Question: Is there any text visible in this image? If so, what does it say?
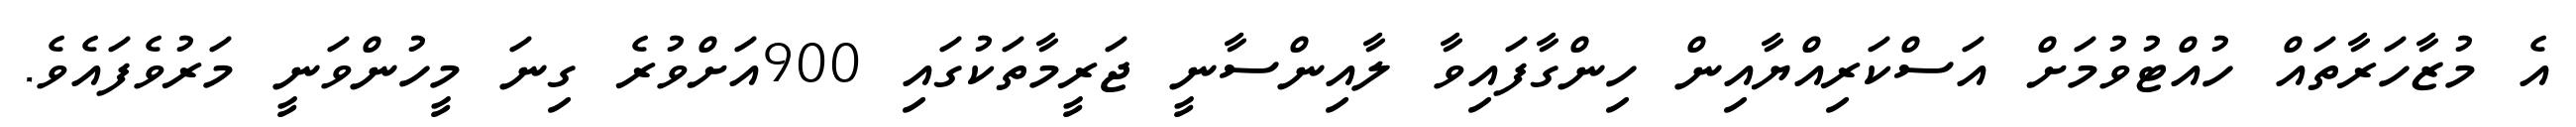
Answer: އެ މުޒާހަރާތައް ހުއްޓުވުމަށް އަސްކަރިއްޔާއިން ހިންގާފައިވާ ލާއިންސާނީ ޖަރީމާތަކުގައި 900އަށްވުރެ ގިނަ މީހުންވަނީ މަރުވެފައެވެ.